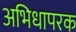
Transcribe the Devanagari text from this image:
अभिधापरक